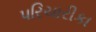
પરિચારીકા